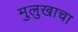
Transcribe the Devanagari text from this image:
मुलुखाचा